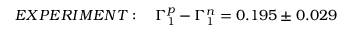
E X P E R I M E N T : ~ ~ ~ \Gamma _ { 1 } ^ { p } - \Gamma _ { 1 } ^ { n } = 0 . 1 9 5 \pm 0 . 0 2 9